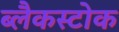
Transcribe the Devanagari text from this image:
ब्लैकस्टोक